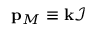
\mathbf { p } _ { M } \equiv \mathbf { k } \mathcal { I }